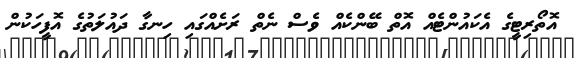
އޮތޯރިޓީގެ އެކައުންޓެއް އޮތް ބޭންކެއް ވެސް ނެތް ރަށެއްގައި ހިނގާ ދައުލަތުގެ އޮފީހަކުން